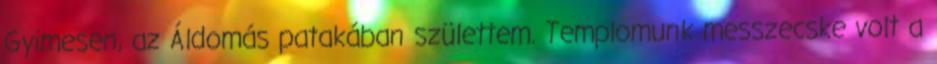
Gyimesen, az Áldomás patakában születtem. Templomunk messzecske volt a